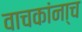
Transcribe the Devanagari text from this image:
वाचकांना्च